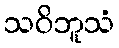
သဝိဘူသံ